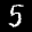
Label: 5